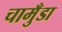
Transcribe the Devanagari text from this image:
चामुँडा